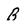
Character: B